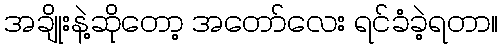
အချိုးနဲ့ဆိုတော့ အတော်လေး ရင်ခံခဲ့ရတာ။